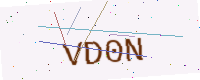
Text: VD0N